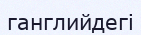
ганглийдегі